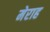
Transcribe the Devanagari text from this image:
मेराह